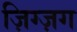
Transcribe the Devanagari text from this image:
ज़िग्ज़ग